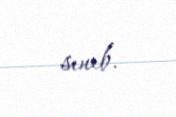
sınıb.